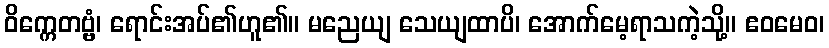
ဝိက္ကေတဗ္ဗံ၊ ရောင်းအပ်၏ဟူ၏။ မညေယျ သေယျထာပိ၊ အောက်မေ့ရာသကဲ့သို့။ ဧဝမေဝ၊